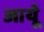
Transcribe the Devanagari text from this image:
आयूे